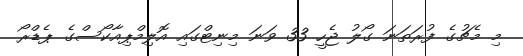
މި މެޗުގެ ފުރަތަނަ ގޯލު ޖެހީ 33 ވަނަ މިނިޓްގައި އޮލިމްޕިއާކޯސްގެ ޕެޑްރޯ